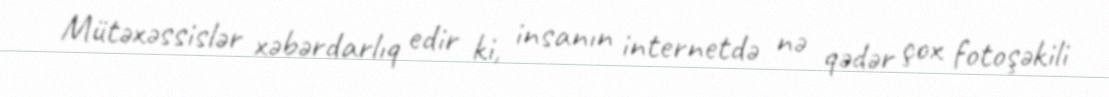
Mütəxəssislər xəbərdarlıq edir ki, insanın internetdə nə qədər çox fotoşəkili